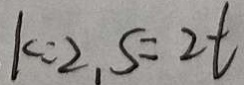
k = 2 , S = 2 t